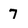
Character: 7